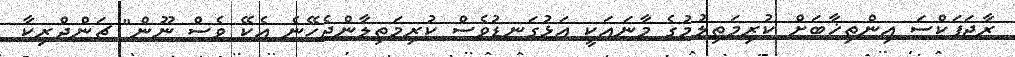
ރާޖަޕަކްސަ އިންތިޚާބަށް ކުރިމަތިލުމުގެ މާނައަކީ އަޅުގަނޑުވެސް ކުރިމަތިލާންޖެހޭނެ އެކޭ ވެސް ނޫން" ޗަންދްރިކާ